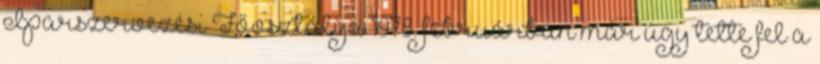
Iparszervezési Főosztálya 1978. februárban már úgy tette fel a